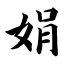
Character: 娟